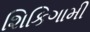
શિકિગામી